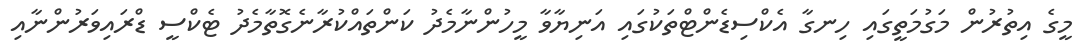
މީގެ އިތުރުން މަގުމަތީގައި ހިނގާ އެކްސިޑެންޓްތަކުގައި އަނިޔާވާ މީހުންނާމެދު ކަންތައްކުރާނެގޮތާމެދު ޓެކްސީ ޑްރައިވަރުންނާއި